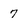
Character: 7